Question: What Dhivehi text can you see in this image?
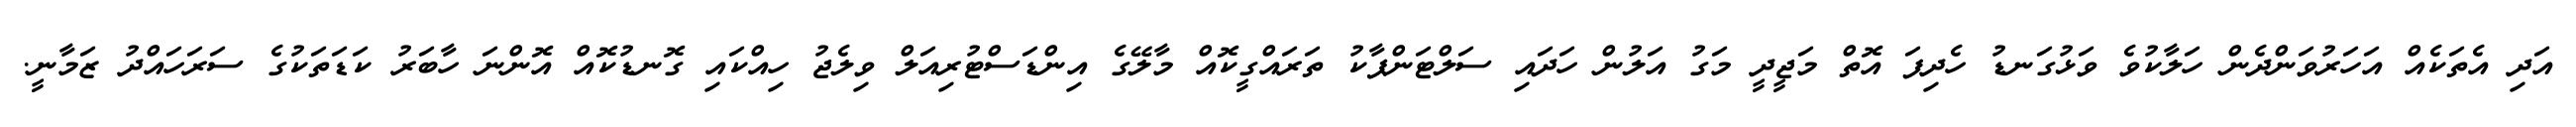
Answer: އަދި އެތަކެއް އަހަރުވަންދެން ހަލާކުވެ ވަޅުގަނޑު ހެދިފަ އޮތް މަޖީދީ މަގު އަލުން ހަދައި ސަލްޓަންޕާކު ތަރައްގީކޮއް މާލޭގެ އިންޑަސްޓުރިއަލް ވިލެޖު ހިއްކައި ގޮނޑުކޮއް އޮންނަ ހާބަރު ކަޑަތަކުގެ ސަރަހައްދު ޒަމާނީ.